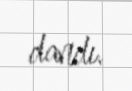
dandı.